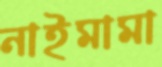
নাইমামা